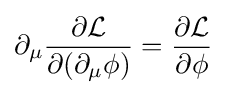
\partial _{\mu }{\frac {\partial {\mathcal {L}}}{\partial (\partial _{\mu }\phi )}}={\frac {\partial {\mathcal {L}}}{\partial \phi }}